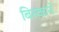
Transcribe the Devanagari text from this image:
बिस्काने